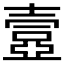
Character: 𡔾